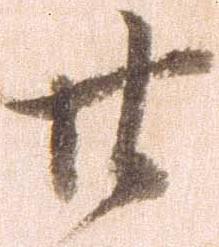
廿